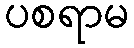
ပစရာမ